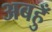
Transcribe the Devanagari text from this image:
अबहुँ